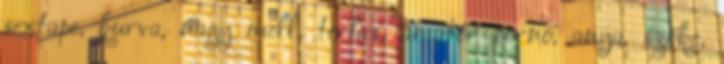
sextape, kurva, nagy mell, terhes, amatőr pornó, anya, szőke,